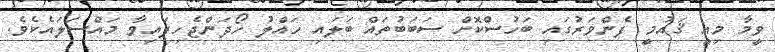
ވީމާ މިއީ ޤައުމީ ފެންވަރުގައި ބަހުސްކޮށް ސަބަބުތައް ބަލައި ހައްލު ހޯދަންޖެހިފައިވާ މައްސަލައެކެވެ.